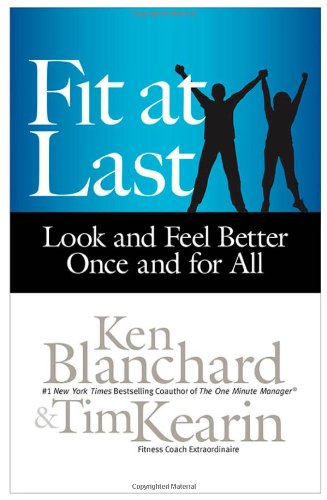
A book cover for Fit at Last: Look and Feel Better Once and for All; Ken Blanchard; Health, Fitness & Dieting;